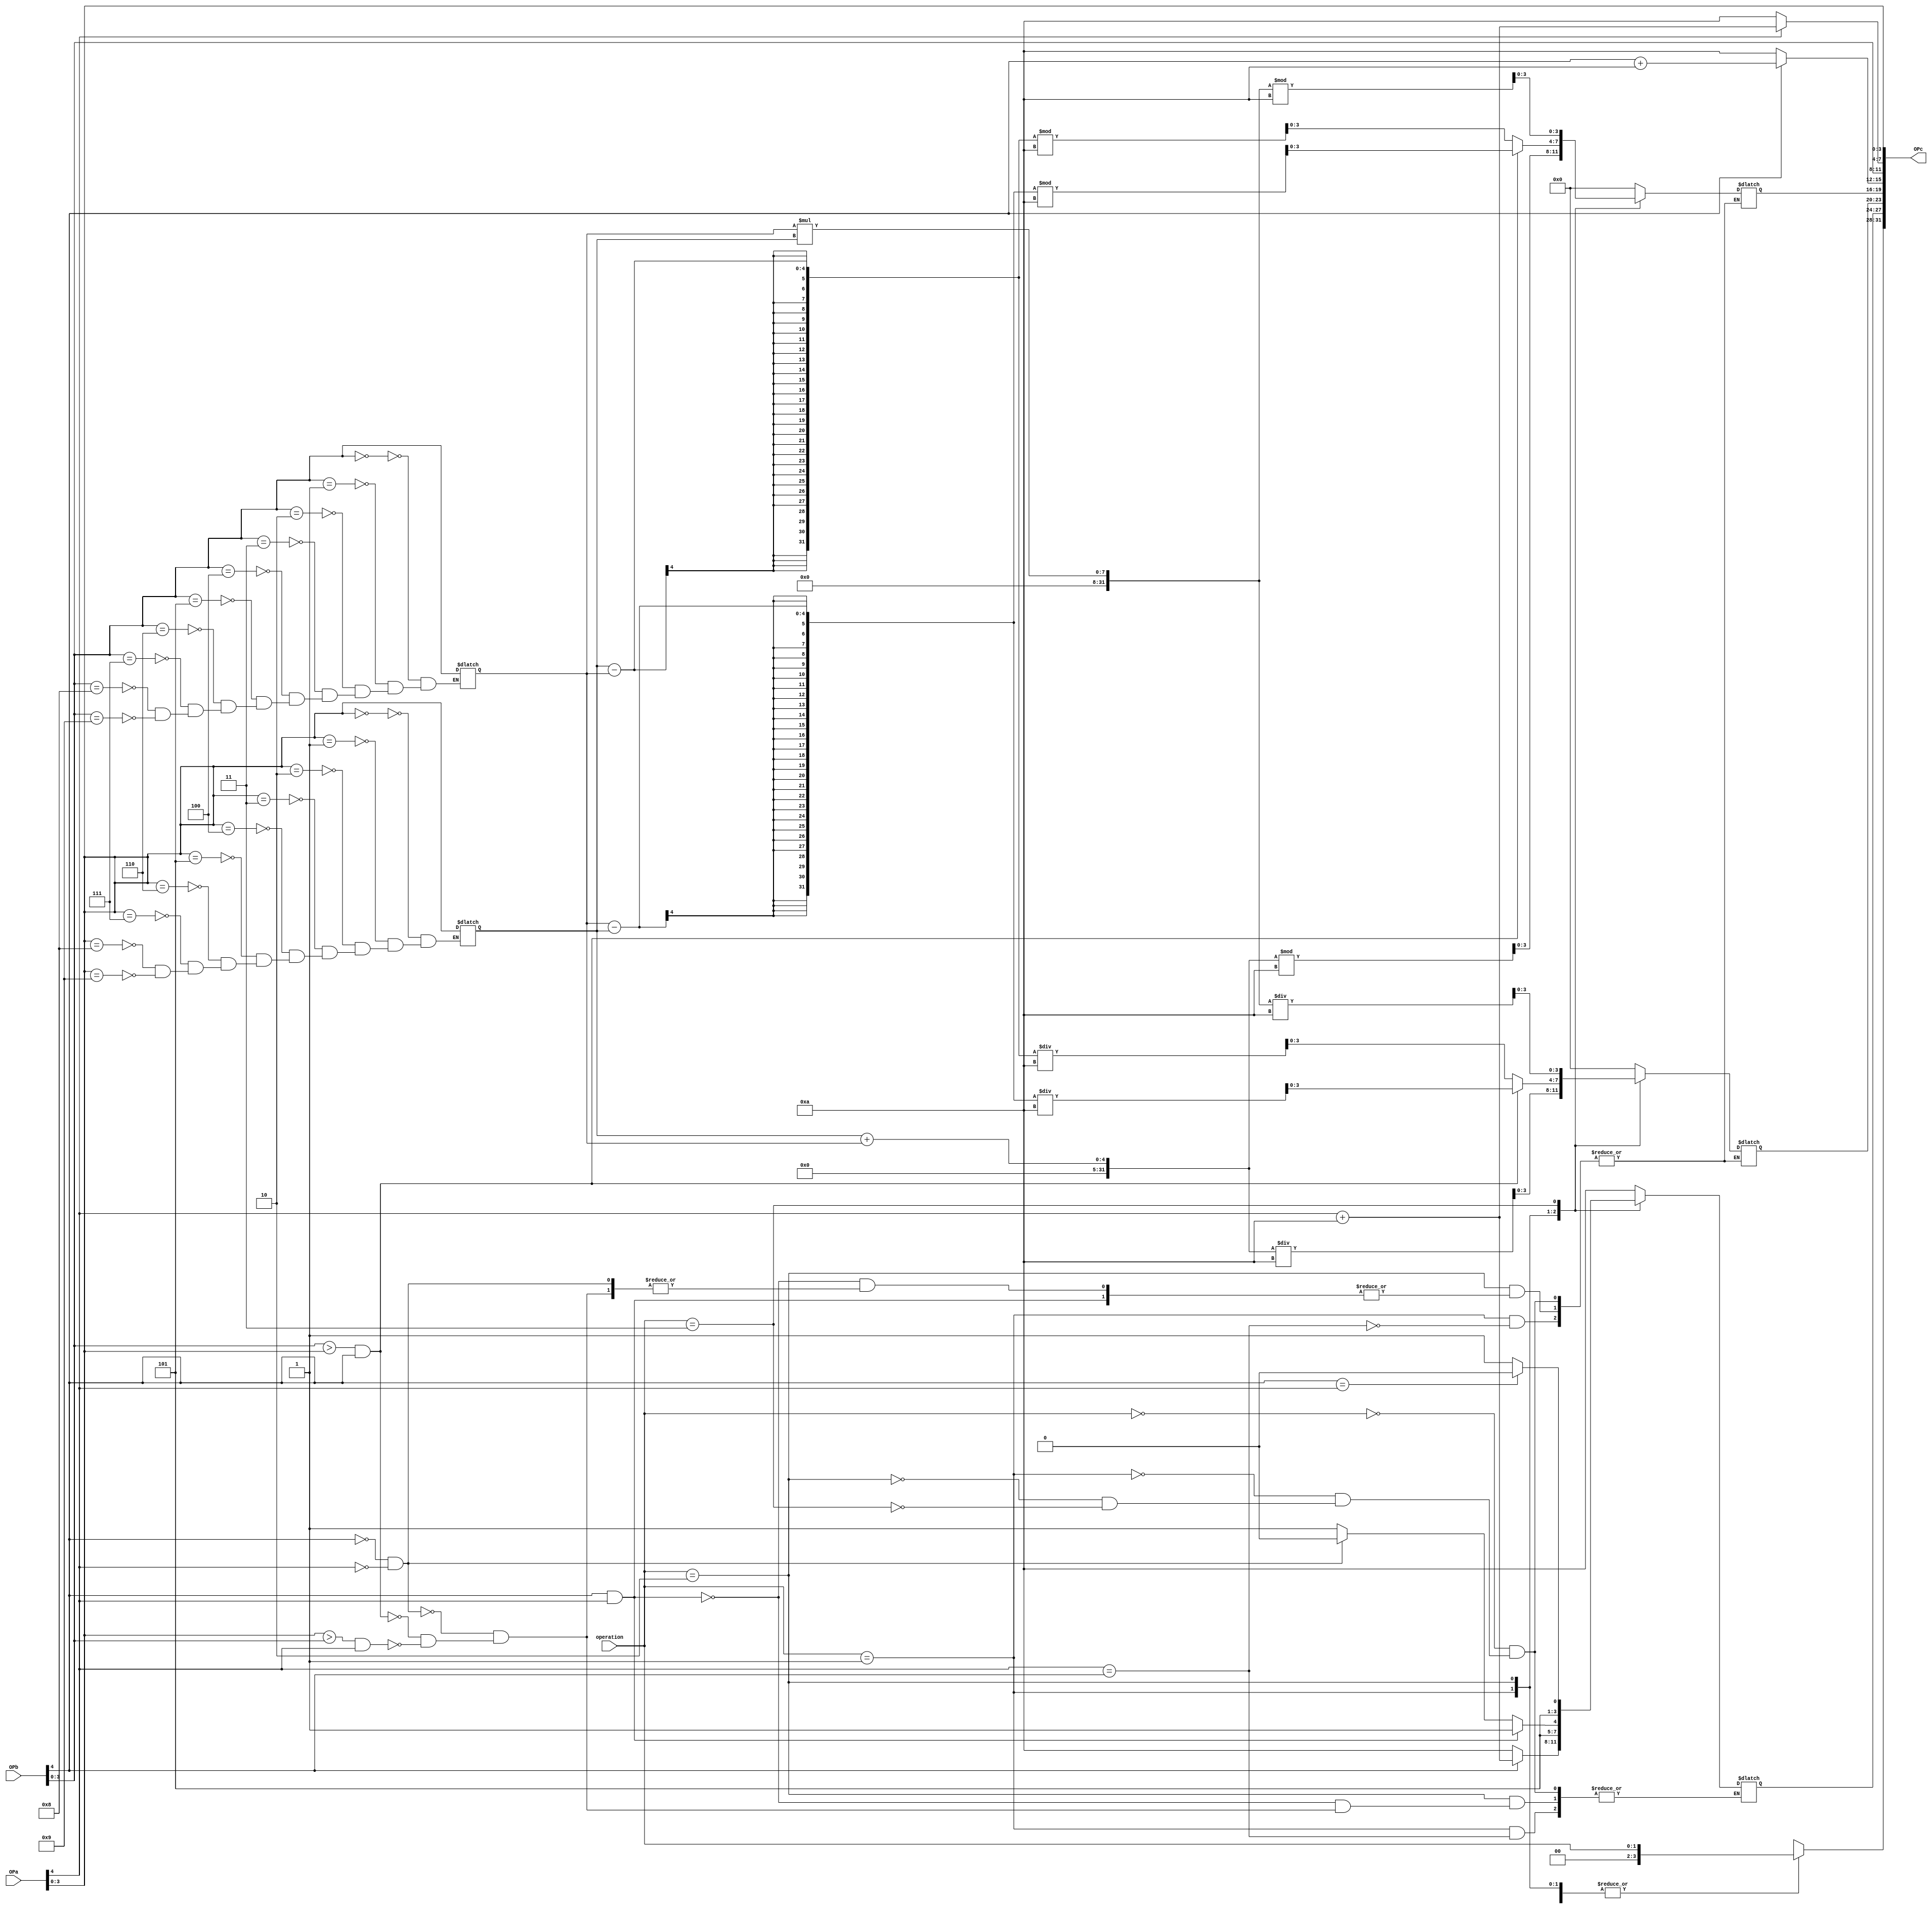
`timescale 1ns / 1ps
//////////////////////////////////////////////////////////////////////////////////
// Company: 
// Engineer: 
// 
// Design Name: 
// Module Name: ALU
// Project Name: 
// Target Devices: 
// Tool Versions: 
// Description: 
// 
// Dependencies: 
// 
// Revision:
// Revision 0.01 - File Created
// Additional Comments:
// 
//////////////////////////////////////////////////////////////////////////////////


module ALU(

    input signed [4:0] OPa,OPb,//OPa[4] and OPb[4] represent the sign
    input [1:0] operation,
    output reg signed [31:0] OPc
    );
    wire [31:0] OPc_tmp;
    reg [3:0] OPa_tmp;
    reg [3:0] OPb_tmp;
    

    
    
    
    always@(OPa or OPb or operation)
    begin
        case(OPa[3:0])
            4'd0: OPa_tmp <= OPa;
            4'd1: OPa_tmp <= OPa;
            4'd2: OPa_tmp <= OPa;
            4'd3: OPa_tmp <= OPa;
            4'd4: OPa_tmp <= OPa;
            4'd5: OPa_tmp <= OPa;
            4'd6: OPa_tmp <= OPa;
            4'd7: OPa_tmp <= OPa;
            4'd8: OPa_tmp <= OPa;
            4'd9: OPa_tmp <= OPa;
        endcase
        case(OPb[3:0])
            4'd0: OPb_tmp <= OPb;
            4'd1: OPb_tmp <= OPb;
            4'd2: OPb_tmp <= OPb;
            4'd3: OPb_tmp <= OPb;
            4'd4: OPb_tmp <= OPb;
            4'd5: OPb_tmp <= OPb;
            4'd6: OPb_tmp <= OPb;
            4'd7: OPb_tmp <= OPb;
            4'd8: OPb_tmp <= OPb;
            4'd9: OPb_tmp <= OPb;
        endcase
        OPc[3:0] <= OPa;
        
            if(OPa[4]==0)
                OPc[7:4] <= 4'd10;
            else
                OPc[7:4] <= OPa[4] + 4'd10;    
        
        OPc[11:8] <= OPb;
            
            if(OPb[4]==0)
                OPc[15:12] <= 4'd10;
            else
                OPc[15:12] <= OPb[4] + 4'd10;
    end        
    
    always@(OPa or OPb or operation) 
    begin
        case(operation) 
        2'd0:
            begin
                OPc[31:28] <= operation;
                OPc[27:24] <= 4'd10;
                OPc[23:16] <= 8'd0;
            end
        // a+b
        2'd1://Add
        begin
        OPc[31:28] <= operation;
            if(OPa[4] == OPb[4])//same sign
                begin
                
                    OPc[19:16] <= (OPa_tmp[3:0] + OPb_tmp[3:0]) % 10; //gives the ones value
                    OPc[23:20] <= (OPa_tmp[3:0] + OPb_tmp[3:0]) / 10; //gives the tens value
                end
                else
                begin        
                    if(OPb[4]==0)
                        OPc[27:24] <= 4'd10;
                        
                    else
                        OPc[27:24] <= OPa[4] + 4'd10;
                end
            //if(OPa[4] != OPb[4])
                
        end
        
        2'd2://Subtract
            begin
            
            OPc[31:28] <= operation;
                
                
                    if(OPb[4] == 1 && OPa[4]==1) //both negative
                        OPc[27:24] <= 4'd11;
                    else if(OPb[4] == 0 && OPa[4]==0) //both positive
                        OPc[27:24] <= 4'd10;
                    else        
                        begin
                        
                        if(OPb[3:0] > OPa[3:0] && OPb[4] ==1)
                            begin
                            OPc[27:24] <= 4'd11;
                            OPc[19:16] <= (OPb_tmp[3:0] - OPa_tmp[3:0])%10;
                            OPc[23:20] <= (OPb_tmp[3:0] - OPa_tmp[3:0])/10;
                            end
                        else if(OPa[3:0] > OPb[3:0] && OPa[4] ==1)
                            begin
                            OPc[27:24] <= 4'd11;
                            OPc[19:16] <= (OPa_tmp[3:0] - OPb_tmp[3:0])%10;
                            OPc[23:20] <= (OPa_tmp[3:0] - OPb_tmp[3:0])/10;
                            end
                    end
                
                    
                    
                
                    
            end
        
        2'd3://multiply
            begin
                if(OPb[4] == OPa[4])//ends in positive output
                    begin
                        //OPc[8]=1'b0;
                        OPc[31:28] <= operation;
                        OPc[27:24] <= 4'd10;
                        OPc[19:16] <= (OPb_tmp[3:0] * OPa_tmp[3:0])%10;
                        OPc[23:20] <= (OPb_tmp[3:0] * OPa_tmp[3:0])/10;
                    end
                 else
                    //ends in negative output
                    begin
                        OPc[31:28] <= operation;
                        OPc[27:24] <= 4'd11;
                        OPc[19:16] <= (OPb_tmp[3:0]*OPa_tmp[3:0])%10;
                        OPc[23:20] <= (OPb_tmp[3:0]*OPa_tmp[3:0])/10;
                    end
                            
            end
        
        
endcase

end 

endmodule